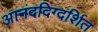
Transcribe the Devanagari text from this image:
आनंददिग्दर्शित